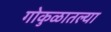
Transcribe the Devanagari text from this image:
गोकुळातल्या